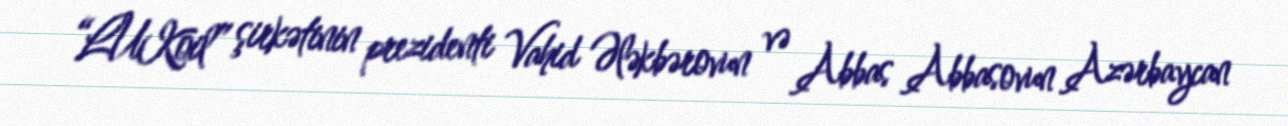
“LUKoil” şirkətinin prezidenti Vahid Ələkbərovun və Abbas Abbasovun Azərbaycan